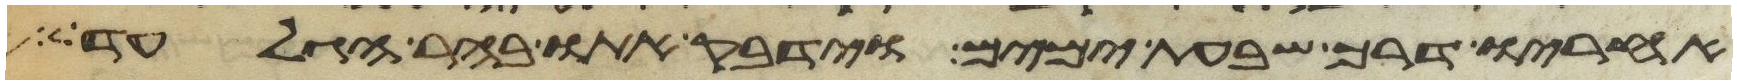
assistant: אחריו דרך שבעת ימים וידבק אתו בהר הגלעד